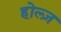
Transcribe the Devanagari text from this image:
होल्ज़